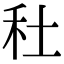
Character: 𥝟